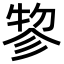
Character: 𢒢